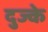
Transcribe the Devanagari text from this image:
दुज्के